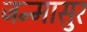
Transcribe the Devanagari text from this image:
जन्मासुर